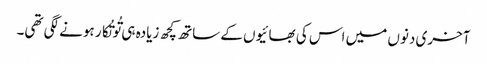
آخری دنوں میں اس کی بھائیوں کے ساتھ کچھ زیادہ ہی تُو تُکار ہونے لگی تھی۔